State Department UAP Cable 5, Mexico, September 16, 2003
Agency: Department of State
Incident date: 9/12/03
Incident location: Mexico
Page 5
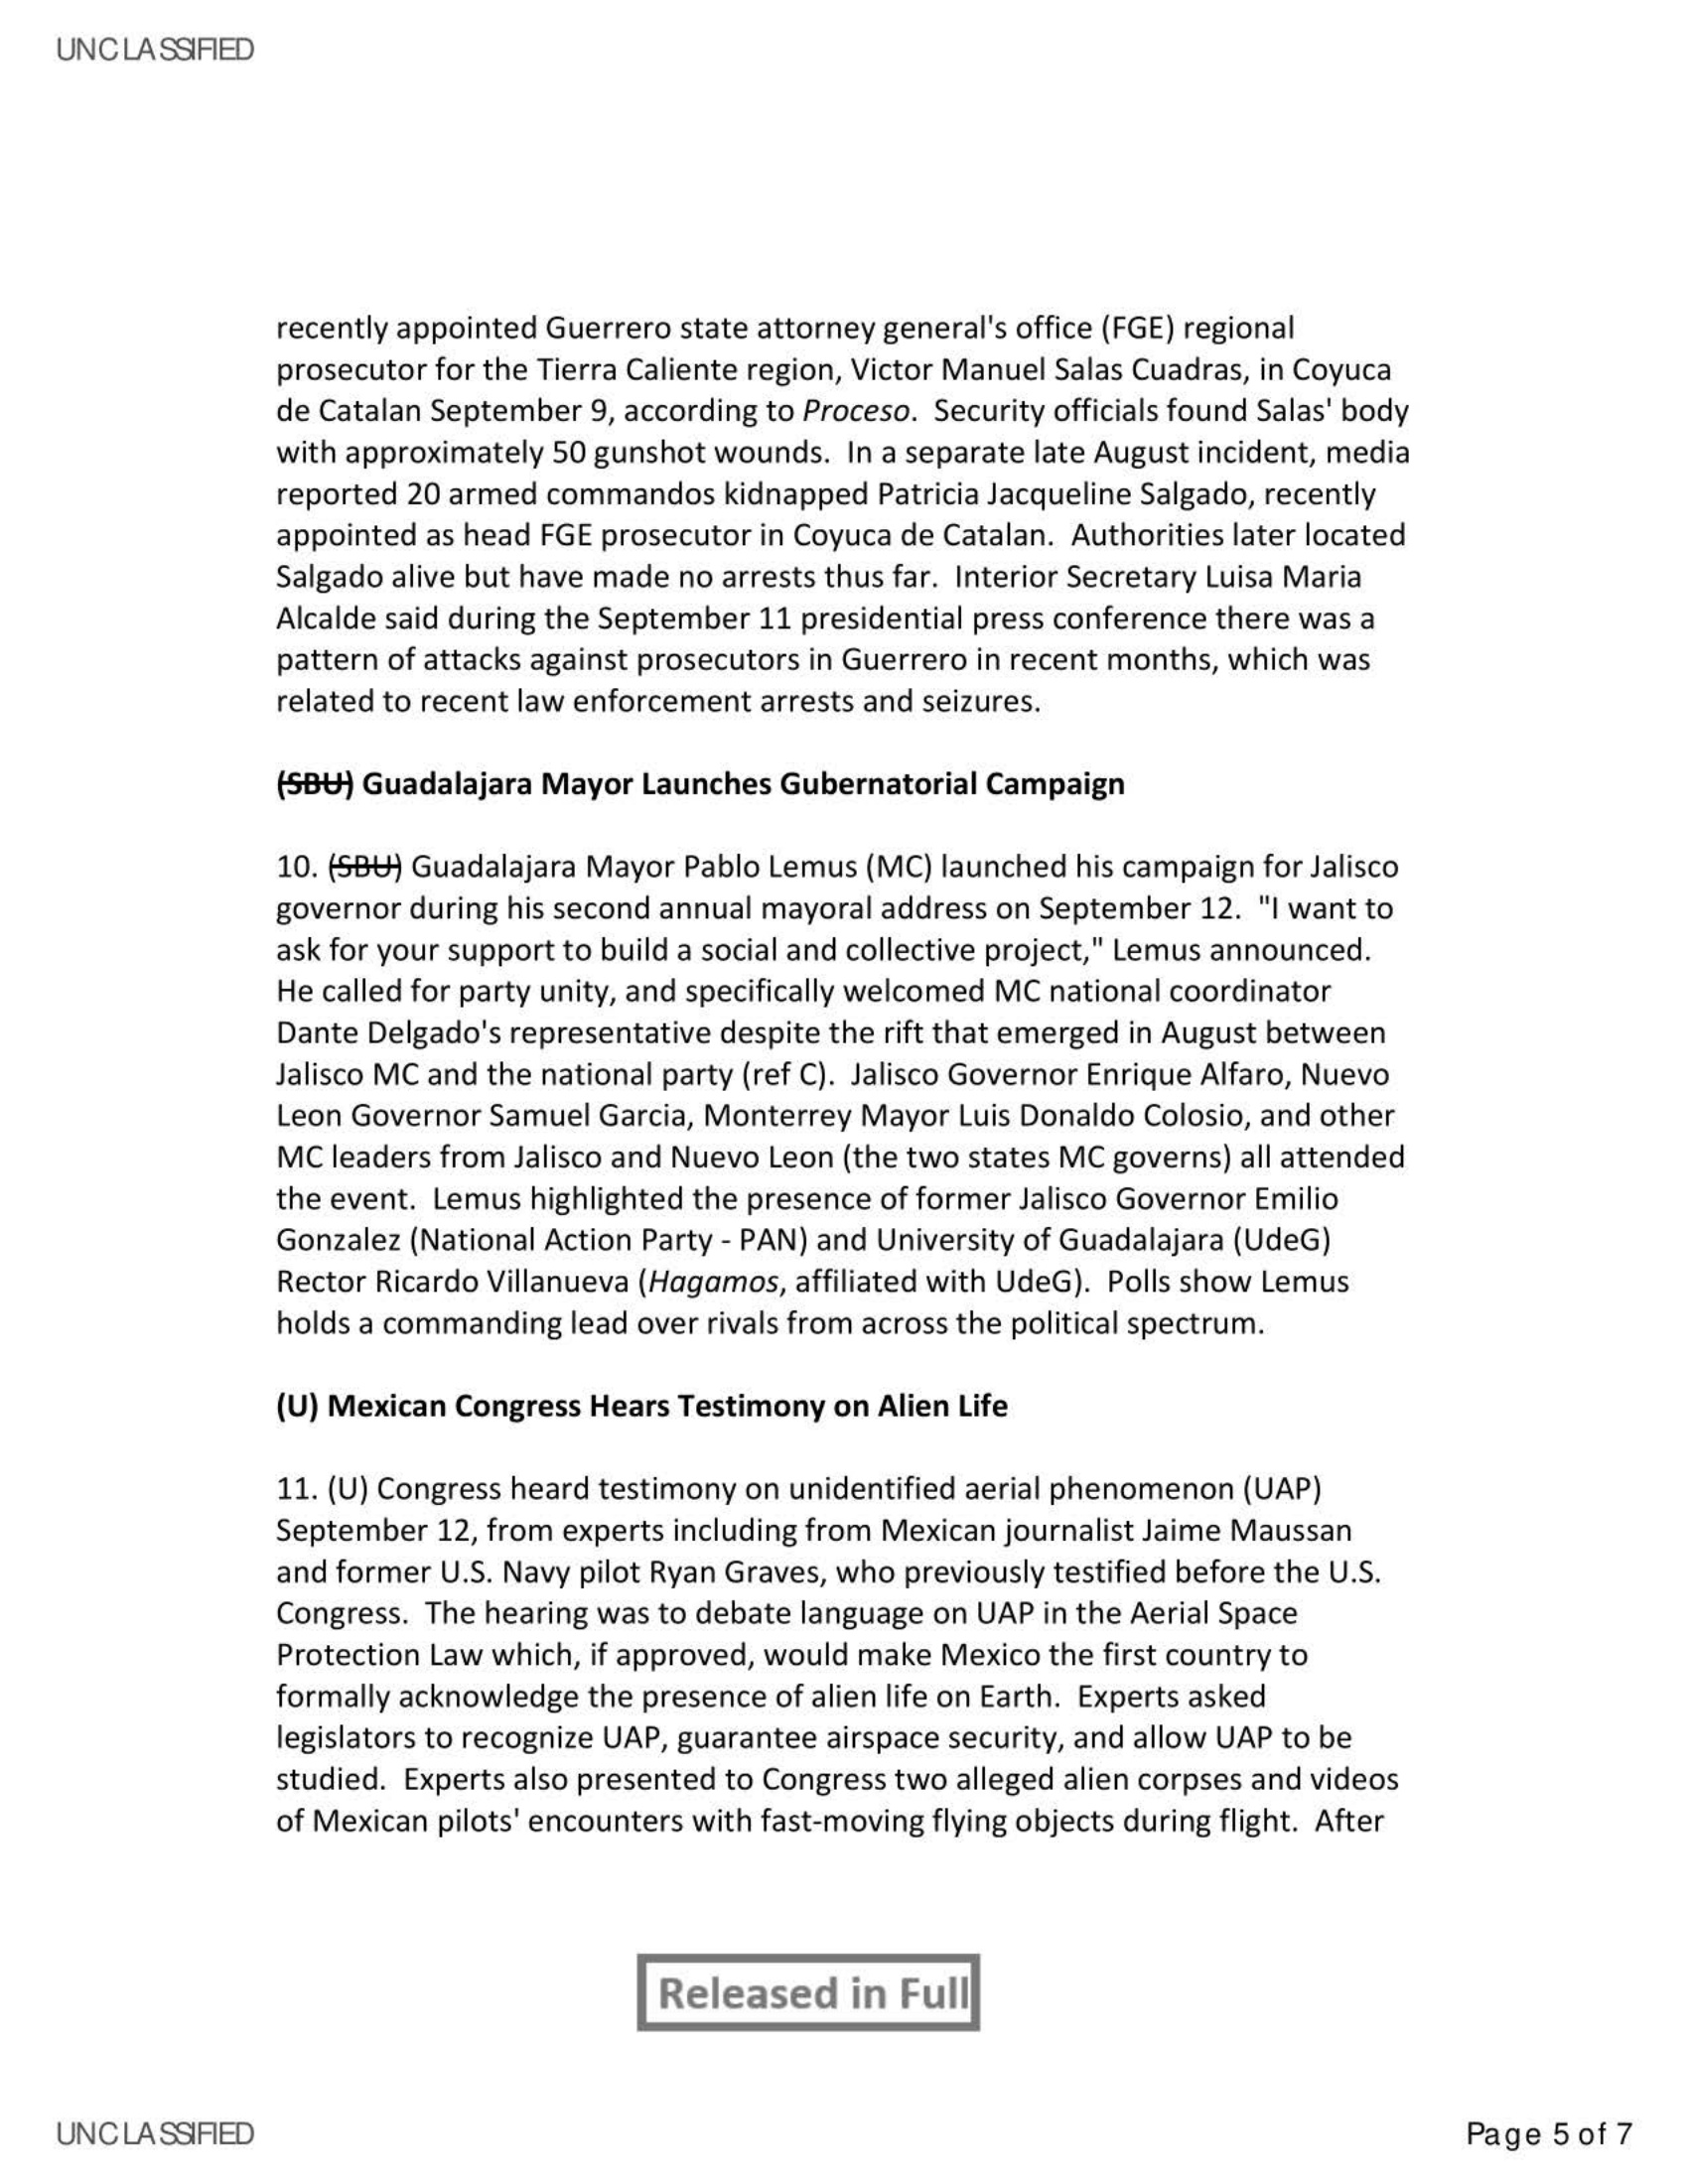